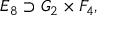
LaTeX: E _ { 8 } \supset G _ { 2 } \times F _ { 4 } ,